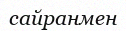
сайранмен